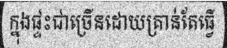
ក្នុងផ្ទះជាច្រើនដោយគ្រាន់តែធ្វើ